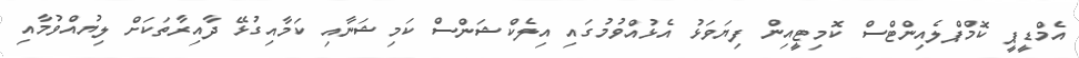
އެމްޑީޕީ ކޮމްޕްލެއިންޓްސް ކޮމިޓީއިން ފިޔަވަޅު އެޅުއްވުމުގައި އިލެކްޝަންސް ކަމިޝަނާއި ކަމާއިގުޅޭ ދާއިރާތަކަށް ލިޔުއްވުމާއި